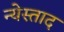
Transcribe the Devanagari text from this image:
न्येस्ताद